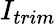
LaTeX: I_{trim}